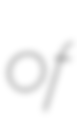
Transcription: of